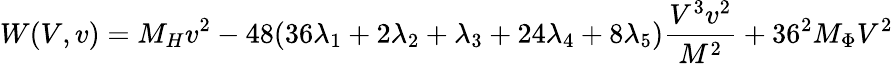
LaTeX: W(V,v)=M_{H}v^{2}-48(36\lambda_{1}+2\lambda_{2}+\lambda_{3}+24\lambda_{4}+8\lambda_{5})\frac{V^{3}v^{2}}{M^{2}}+36^{2}M_{\Phi}V^{2}